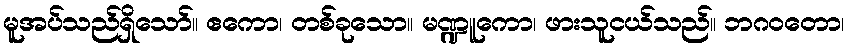
မူအပ်သည်ရှိသော်။ ဧကော၊ တစ်ခုသော။ မဏ္ဍူကော၊ ဖားသူငယ်သည်။ ဘဂဝတော၊